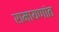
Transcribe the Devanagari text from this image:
रामायणांत